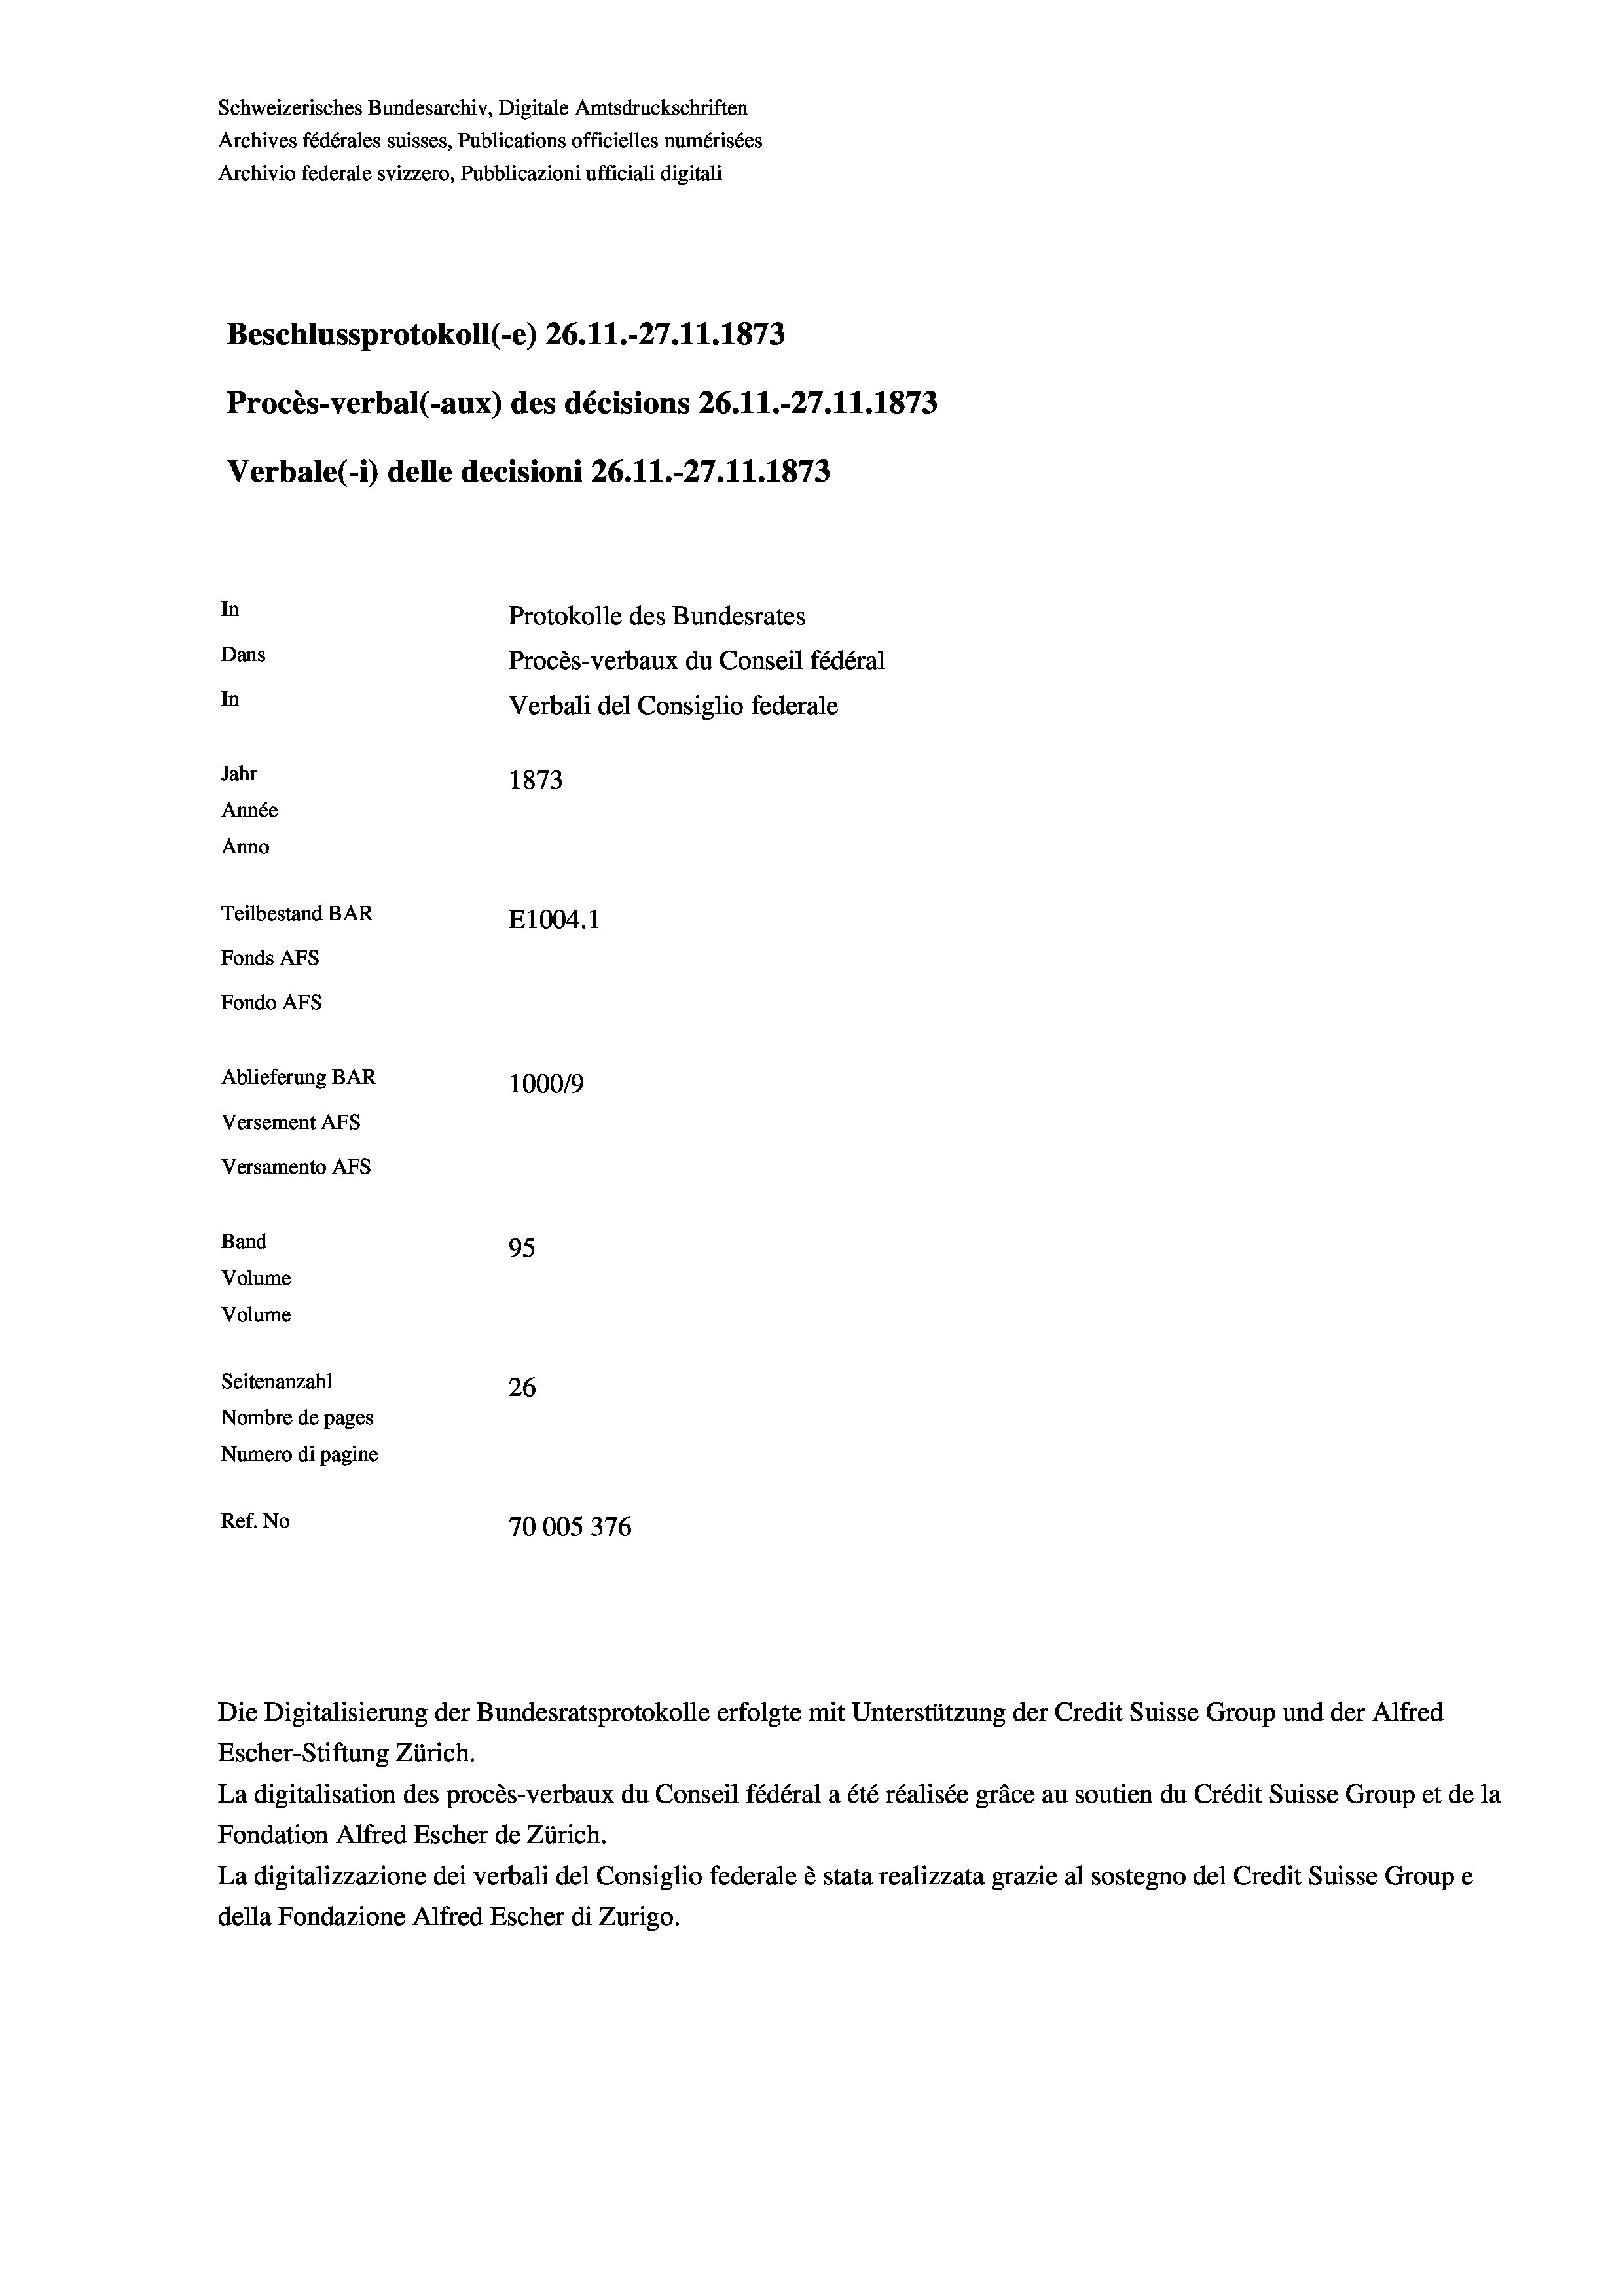
Beschlussprotokoll (-e) 26. 11.-27.11.1873
Procès-verbal (-aux) des décisions 26.11.-27.11.1873
In
Protokolle des Bundesrates
Dans
Procès-verbaux du Conseil fédéral
In
Verbali del Consiglio federale
Jahr
1873
Année
Anno
Teilbestand BAR
E1004.1
Fonds AFs
Fondo AFs
Ablieferung BAR
1000/9
Versement AFs
Versamento Afs

Band
Volume
Volume

95
Seitenanzahl
26
Nombre de pages
Numero di pagine
Ref. No
70005376

Schweizerisches Bundesarchiv, Digitale Amtsdruckschriften
Archives fédérales suisses, Publications officielles numérisées
Archivio federale svizzero, Pubblicazioni ufficiali digitali

Verbale (- 1) delle decisioni 26. 11.-27.11.1873

Die Digitalisierung der Bundesratsprotokolle erfolgte mit Unterstützung der Credit Suisse Group und der Alfred
Escher-Stiftung Zürich.
La digitalisation des procès-verbaux du Conseil fédéral a été réalisée gräce au soutien du Crédit Suisse Group et de la
Fondation Alfred Escher de Zürich.
La digitalizzazione dei verbali del Consiglio federale è stata realizzata grazie al sostegno del Credit Suisse Groupe
della Fondazione Alfred Escher di Zurigo.